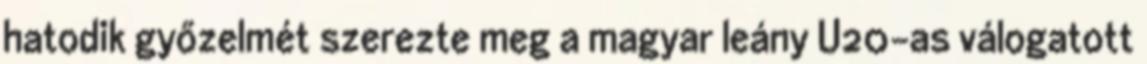
hatodik győzelmét szerezte meg a magyar leány U20-as válogatott